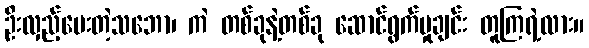
ဦးလှည့်ပေးတဲ့သဘော၊ ကဲ တစ်ခုနဲ့တစ်ခု ဆောင်ရွက်မှုချင်း တူကြရဲ့လား။